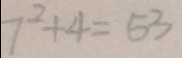
7 ^ { 2 } + 4 = 5 3